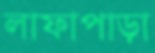
লাফাপাড়া